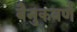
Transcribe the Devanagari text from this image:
बैनुकवर्ण